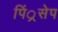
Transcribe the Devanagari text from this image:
पिं्रसेप